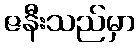
ဇနီးသည်မှာ